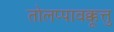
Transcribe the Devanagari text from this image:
तोलप्पावक्कूत्तु